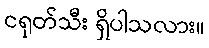
ငရုတ်သီး ရှိပါသလား။